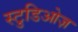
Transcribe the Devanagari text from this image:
स्टुडिओज़